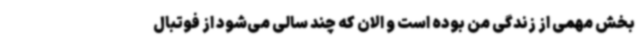
بخش مهمی از زندگی من بوده است و الان که چند سالی می‌شود از فوتبال